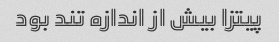
پیتزا بیش از اندازه تند بود